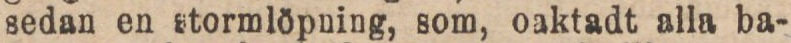
sedan en stormlöpning, som, oaktadt alla ba-